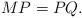
LaTeX: \begin{align*}M P = P Q.\end{align*}